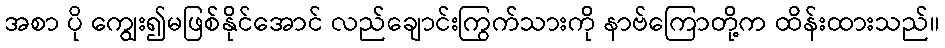
အစာ ပို ကျွေး၍မဖြစ်နိုင်အောင် လည်ချောင်းကြွက်သားကို နာဗ်ကြောတို့က ထိန်းထားသည်။